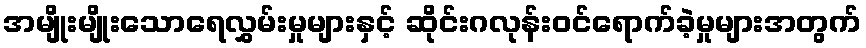
အမျိုးမျိုးသောရေလွှမ်းမှုများနှင့် ဆိုင်းဂလုန်းဝင်ရောက်ခဲ့မှုများအတွက်